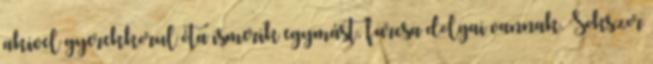
akivel gyerekkorul óta ismerik egymást, furcsa dolgai vannak. Sokszor